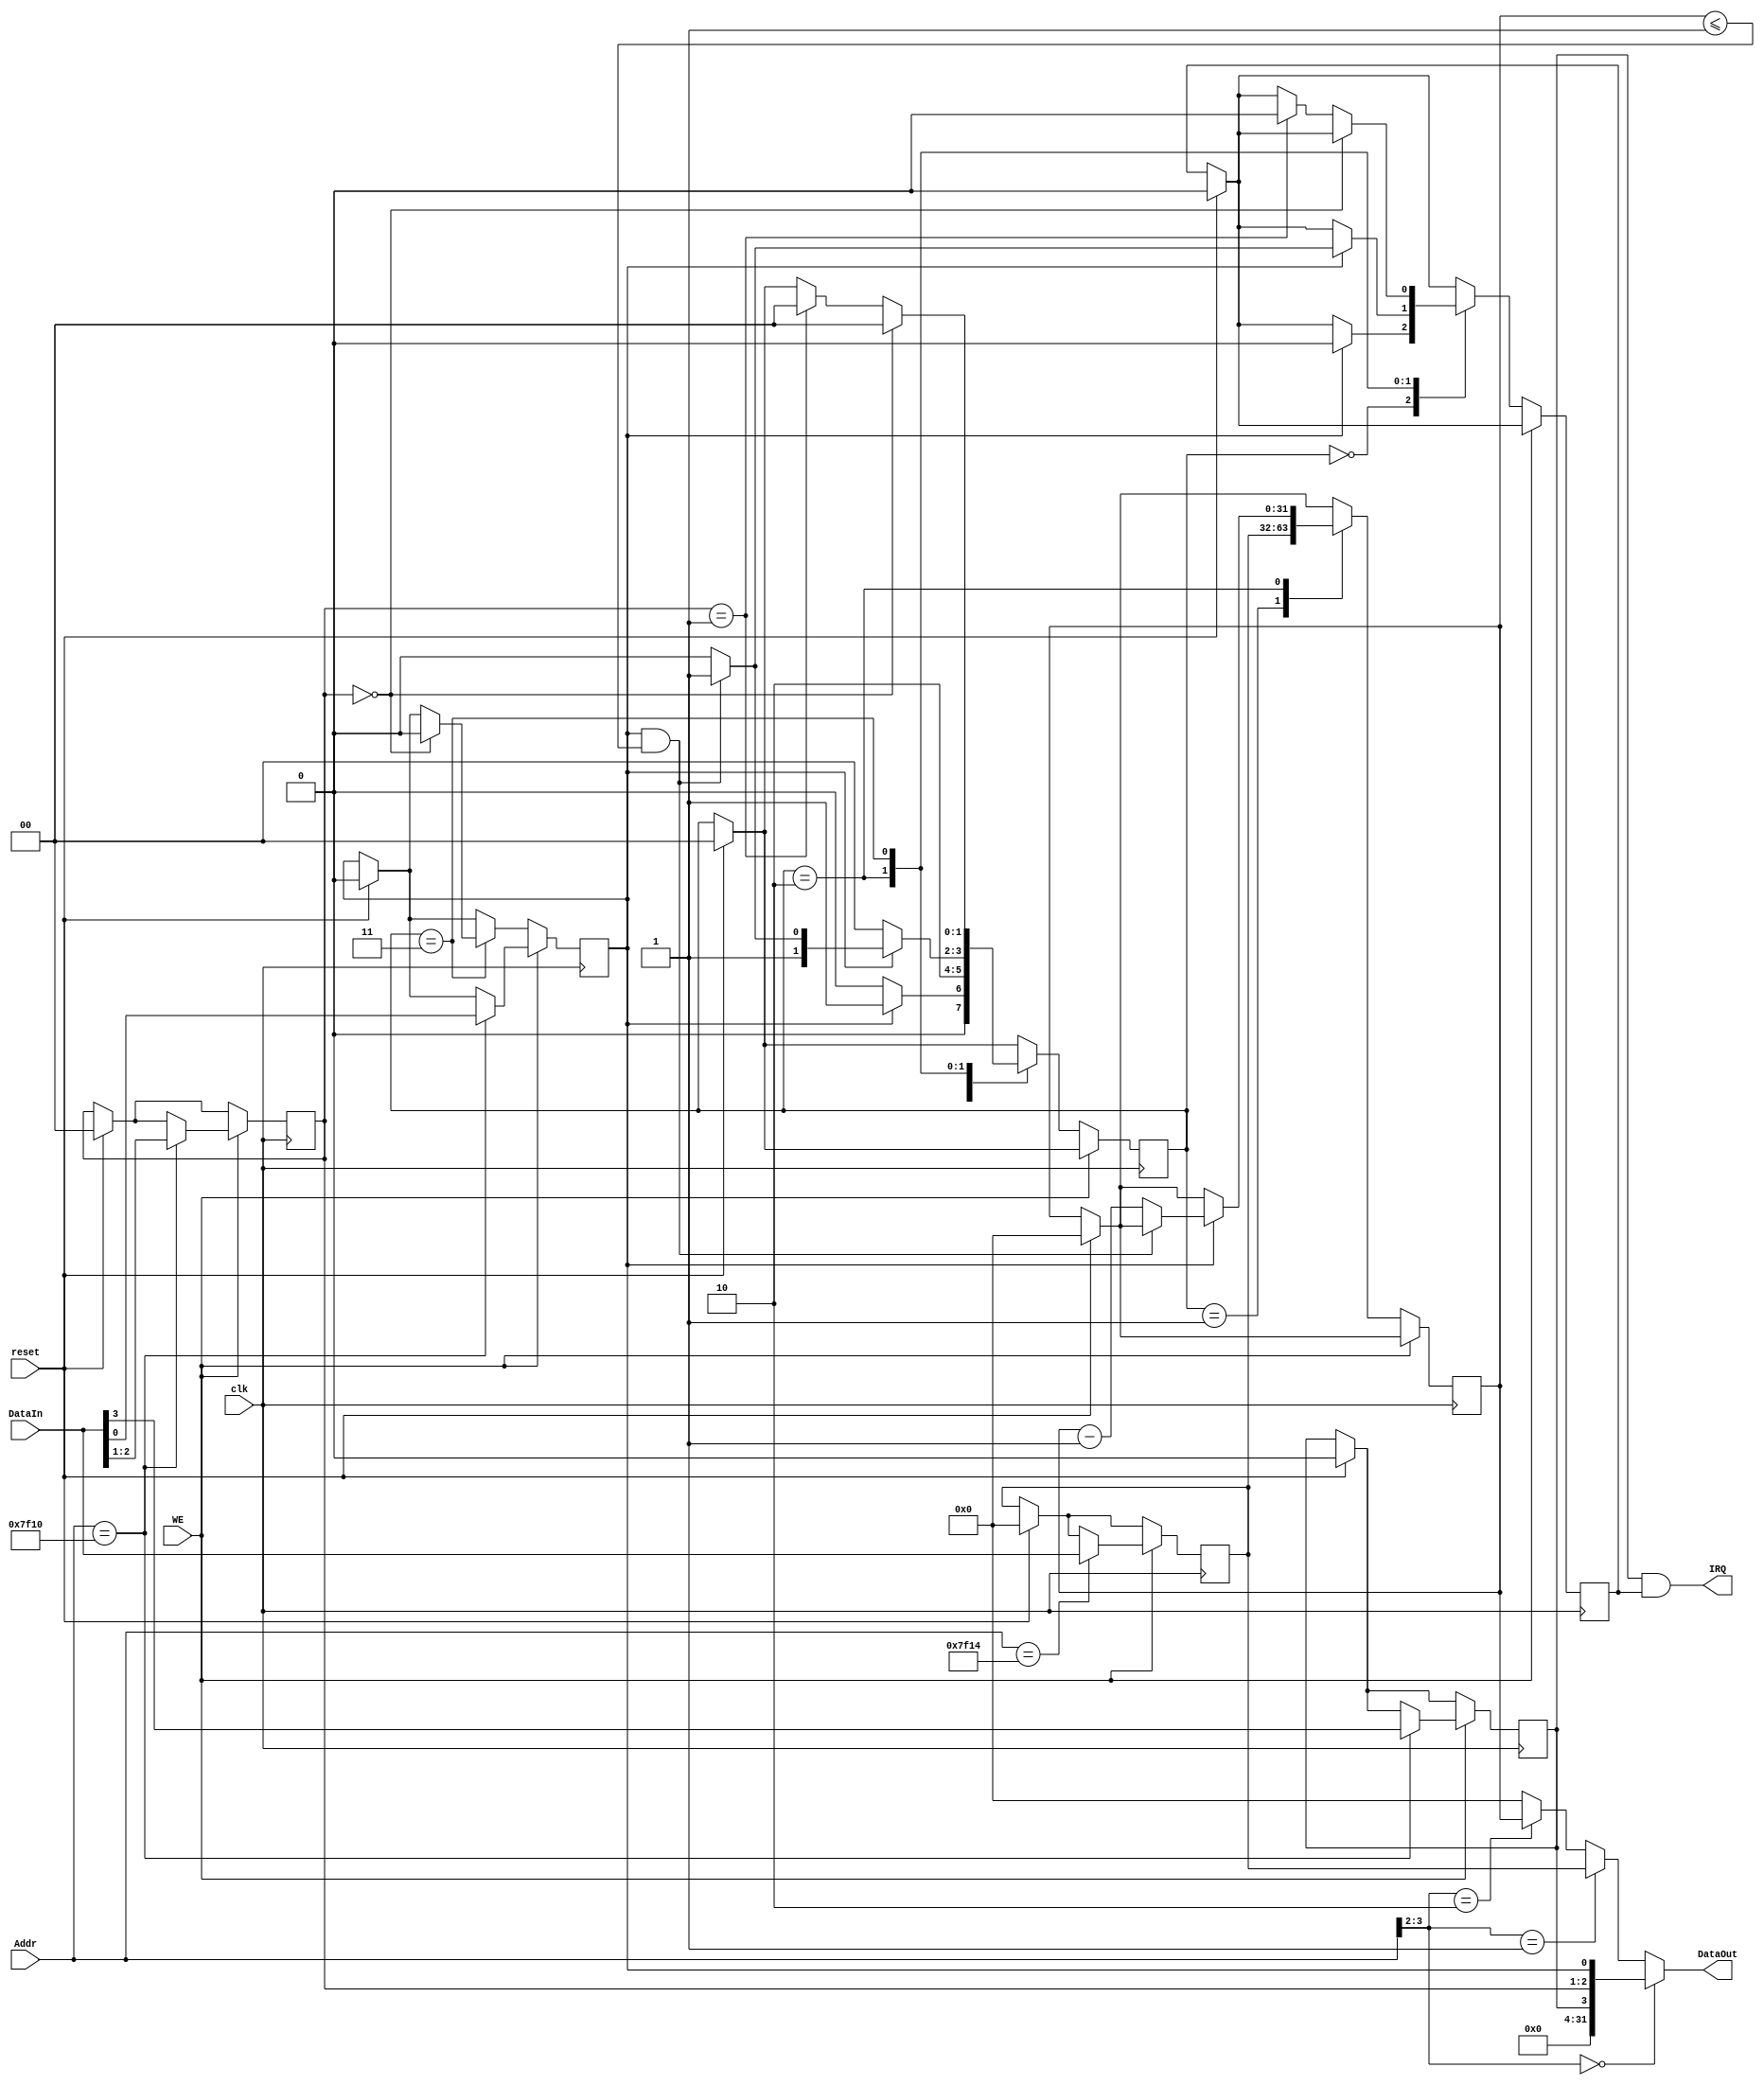
`timescale 1ns / 1ps
//////////////////////////////////////////////////////////////////////////////////
// Company: 
// Engineer: 
// 
// Design Name: 
// Module Name:    DEV1 
// Project Name: 
// Target Devices: 
// Tool versions: 
// Description: 
//
// Dependencies: 
//
// Revision: 
// Revision 0.01 - File Created
// Additional Comments: 
//
//////////////////////////////////////////////////////////////////////////////////
module DEV1(
    input clk,
    input reset,
    input [31:0] Addr,
    input WE,
    input [31:0] DataIn,
    output [31:0] DataOut,
    output IRQ
    );

	`define Idle 2'b00 
	`define Load 2'b01
	`define Counting 2'b10
	`define Interrupt 2'b11
	
	reg[1:0] state;
	reg[31:0] PRESET;
	reg[31:0] COUNT;
	reg IM;//
	reg[2:1] Mode;//
	reg Enable;//
	reg irq;
	
	initial begin
		COUNT<=0;
		PRESET<=0;
		IM<=1'b0;
		Mode<=2'b0;
		Enable<=1'b0;
		state<=`Idle;
		irq<=0;
	end
	
	assign IRQ = IM && irq;
	
	assign DataOut = (Addr[3:2]==2'b00) ? {28'b0,IM,Mode,Enable} :
						  (Addr[3:2]==2'b01) ? PRESET :
						  (Addr[3:2]==2'b10) ? COUNT : 0;
						  
	always@(posedge clk) begin
		if(reset) begin
			COUNT<=0;
			PRESET<=0;
			IM<=1'b0;
			Mode<=2'b0;
			Enable<=1'b0;
			state<=`Idle;
			irq<=0;
		end
		if(WE) begin
			case(Addr) 
				32'h0000_7f10: begin //ctrl
					{IM,Mode,Enable} <= DataIn[3:0];
				end
				32'h0000_7f14: begin //
					PRESET<=DataIn;
				end
				32'h0000_7f18: begin //
					//
				end
				default: begin
					//
				end
			endcase
		end
		else begin
			case(state) 
				`Idle: begin
					if(Enable==1'b1) begin
						state<=`Load;
						irq<=0;
					end
					else begin
						state<=`Idle;
					end
				end
				
				`Load: begin
					COUNT<=PRESET;
					state<=`Counting;
				end
				
				`Counting: begin
					if(Enable==1'b0) begin
						state<=`Idle;
					end
					else if(Enable==1'b1&&COUNT<=1) begin
						state<=`Interrupt;
						irq<=1;
					end
					else if(Enable==1'b1) begin
						state<=`Counting;
						COUNT<=COUNT-1;
						irq<=0;
					end
				end
				
				`Interrupt: begin
					if(Mode==2'b00) begin
						Enable<=0;
						state<=`Idle;
					end
					else if(Mode==2'b01) begin
						state<=`Idle;
						irq<=0;
					end
					else begin
						
					end
				end
			endcase
		end
	end
endmodule